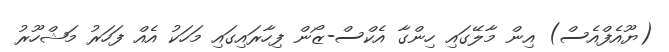
(ޔޫއެފްއެސް) އިން މާލޭގައި ހިންގާ އެކްސް-ޒޯން ފިހާރައިގައި މަހަކު އެއް ފަހަރު މަޝްހޫރު